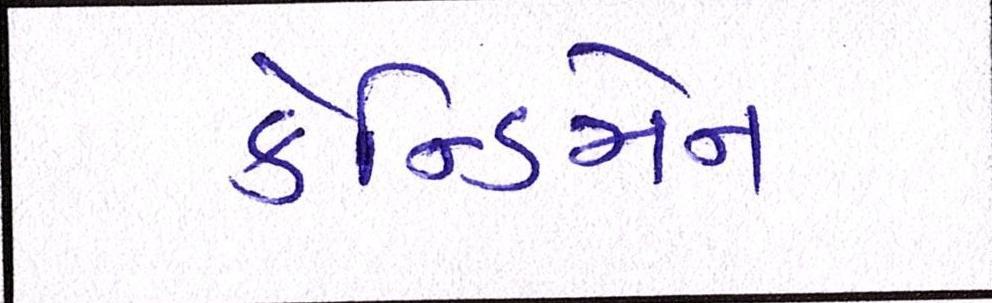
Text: કેન્ડિમેન